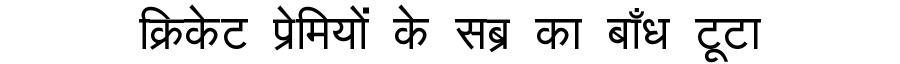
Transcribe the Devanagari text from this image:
क्रिकेट प्रेमियों के सब्र का बाँध टूटा